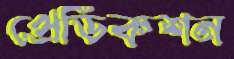
প্রেডিকশন